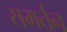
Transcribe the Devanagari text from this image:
समर्तन